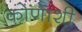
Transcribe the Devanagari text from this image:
कोणाशी